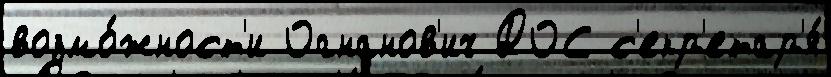
возмо́жност'и Огнанов'ич ДОС с'екр'етар'я́